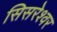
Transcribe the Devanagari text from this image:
सिसरेश्वर